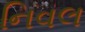
નિવલ